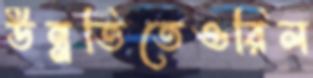
উন্নতিতেওরিল